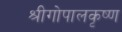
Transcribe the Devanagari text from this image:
श्रीगोपालकृष्ण